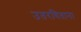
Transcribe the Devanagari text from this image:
उतरविताना